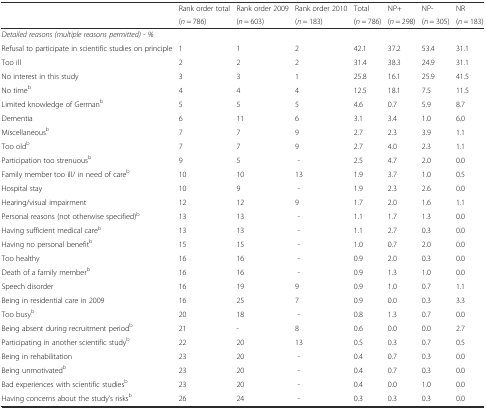
<table><thead><tr><td></td><td><b>Rank order total</b></td><td><b>Rank order 2009</b></td><td><b>Rank order 2010</b></td><td><b>Total</b></td><td><b>NP+</b></td><td><b>NP-</b></td><td><b>NR</b></td></tr><tr><td></td><td><b>(<i>n</i> = 786)</b></td><td><b>(<i>n</i> = 603)</b></td><td><b>(<i>n</i> = 183)</b></td><td><b>(<i>n</i> = 786)</b></td><td><b>(<i>n</i> = 298)</b></td><td><b>(<i>n</i> = 305)</b></td><td><b>(<i>n</i> = 183)</b></td></tr></thead><tbody><tr><td colspan="8"><i>Detailed reasons (multiple reasons permitted) - %</i></td></tr><tr><td>Refusal to participate in scientific studies on principle</td><td>1</td><td>1</td><td>2</td><td>42.1</td><td>37.2</td><td>53.4</td><td>31.1</td></tr><tr><td>Too ill</td><td>2</td><td>2</td><td>2</td><td>31.4</td><td>38.3</td><td>24.9</td><td>31.1</td></tr><tr><td>No interest in this study</td><td>3</td><td>3</td><td>1</td><td>25.8</td><td>16.1</td><td>25.9</td><td>41.5</td></tr><tr><td>No time<sup>b</sup></td><td>4</td><td>4</td><td>4</td><td>12.5</td><td>18.1</td><td>7.5</td><td>11.5</td></tr><tr><td>Limited knowledge of German<sup>b</sup></td><td>5</td><td>5</td><td>5</td><td>4.6</td><td>0.7</td><td>5.9</td><td>8.7</td></tr><tr><td>Dementia</td><td>6</td><td>11</td><td>6</td><td>3.1</td><td>3.4</td><td>1.0</td><td>6.0</td></tr><tr><td>Miscellaneous<sup>b</sup></td><td>7</td><td>7</td><td>9</td><td>2.7</td><td>2.3</td><td>3.9</td><td>1.1</td></tr><tr><td>Too old<sup>b</sup></td><td>7</td><td>7</td><td>9</td><td>2.7</td><td>4.0</td><td>2.3</td><td>1.1</td></tr><tr><td>Participation too strenuous<sup>b</sup></td><td>9</td><td>5</td><td> - </td><td>2.5</td><td>4.7</td><td>2.0</td><td>0.0</td></tr><tr><td>Family member too ill/ in need of care<sup>b</sup></td><td>10</td><td>10</td><td>13</td><td>1.9</td><td>3.7</td><td>1.0</td><td>0.5</td></tr><tr><td>Hospital stay</td><td>10</td><td>9</td><td> - </td><td>1.9</td><td>2.3</td><td>2.6</td><td>0.0</td></tr><tr><td>Hearing/visual impairment</td><td>12</td><td>12</td><td>9</td><td>1.7</td><td>2.0</td><td>1.6</td><td>1.1</td></tr><tr><td>Personal reasons (not otherwise specified)<sup>b</sup></td><td>13</td><td>13</td><td> - </td><td>1.1</td><td>1.7</td><td>1.3</td><td>0.0</td></tr><tr><td>Having sufficient medical care<sup>b</sup></td><td>13</td><td>13</td><td> - </td><td>1.1</td><td>2.7</td><td>0.3</td><td>0.0</td></tr><tr><td>Having no personal benefit<sup>b</sup></td><td>15</td><td>15</td><td> - </td><td>1.0</td><td>0.7</td><td>2.0</td><td>0.0</td></tr><tr><td>Too healthy</td><td>16</td><td>16</td><td> - </td><td>0.9</td><td>2.0</td><td>0.3</td><td>0.0</td></tr><tr><td>Death of a family member<sup>b</sup></td><td>16</td><td>16</td><td> - </td><td>0.9</td><td>1.3</td><td>1.0</td><td>0.0</td></tr><tr><td>Speech disorder</td><td>16</td><td>19</td><td>9</td><td>0.9</td><td>1.0</td><td>0.7</td><td>1.1</td></tr><tr><td>Being in residential care in 2009</td><td>16</td><td>25</td><td>7</td><td>0.9</td><td>0.0</td><td>0.3</td><td>3.3</td></tr><tr><td>Too busy<sup>b</sup></td><td>20</td><td>18</td><td> - </td><td>0.8</td><td>1.3</td><td>0.7</td><td>0.0</td></tr><tr><td>Being absent during recruitment period<sup>b</sup></td><td>21</td><td>-</td><td>8</td><td>0.6</td><td>0.0</td><td>0.0</td><td>2.7</td></tr><tr><td>Participating in another scientific study<sup>b</sup></td><td>22</td><td>20</td><td>13</td><td>0.5</td><td>0.3</td><td>0.7</td><td>0.5</td></tr><tr><td>Being in rehabilitation</td><td>23</td><td>20</td><td> - </td><td>0.4</td><td>0.7</td><td>0.3</td><td>0.0</td></tr><tr><td>Being unmotivated<sup>b</sup></td><td>23</td><td>20</td><td> - </td><td>0.4</td><td>0.7</td><td>0.3</td><td>0.0</td></tr><tr><td>Bad experiences with scientific studies<sup>b</sup></td><td>23</td><td>20</td><td> - </td><td>0.4</td><td>0.0</td><td>1.0</td><td>0.0</td></tr><tr><td>Having concerns about the study’s risks<sup>b</sup></td><td>26</td><td>24</td><td> - </td><td>0.3</td><td>0.3</td><td>0.3</td><td>0.0</td></tr></tbody></table>